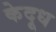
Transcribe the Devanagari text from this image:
केदूध